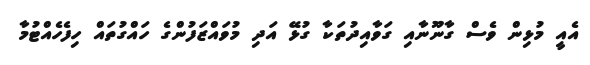
އެއީ މުޅިން ވެސް ގާނޫނާއި ގަވާއިދުތަކާ ގުޅޭ އަދި މުވައްޒަފުންގެ ހައްގުތައް ހިފެހެއްޓުމާ